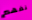
نفهم